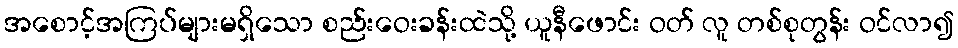
အစောင့်အကြပ်များမရှိသော စည်းဝေးခန်းထဲသို့ ယူနီဖောင်း ဝတ် လူ တစ်စုတွန်း ဝင်လာ၍